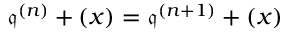
{ \mathfrak { q } } ^ { ( n ) } + ( x ) = { \mathfrak { q } } ^ { ( n + 1 ) } + ( x )